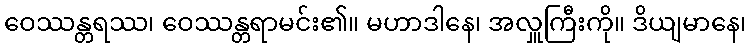
ဝေဿန္တရဿ၊ ဝေဿန္တရာမင်း၏။ မဟာဒါနေ၊ အလှူကြီးကို။ ဒိယျမာနေ၊